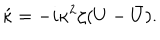
LaTeX: \acute { \kappa } = - i \kappa ^ { 2 } \zeta ( U - \bar { U } ) .